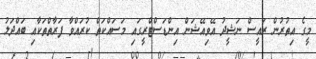
މީގެ އިތުރުން ރައީސް ނަޝީދު އޭވިއޭޝަން އިންޑަސްޓްރީގައި މަސައްކަތް ކުރައްވާ ފަރާތްތަކާއި ބައްދަލު